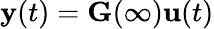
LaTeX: {\textbf{y}}(t)={\textbf{G}}(\infty){\textbf{u}}(t)